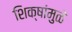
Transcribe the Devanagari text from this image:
शिक्षांमुळे